Annual statistical returns and brief notes on vaccination in Bengal - 1887-1898
Year: 1887
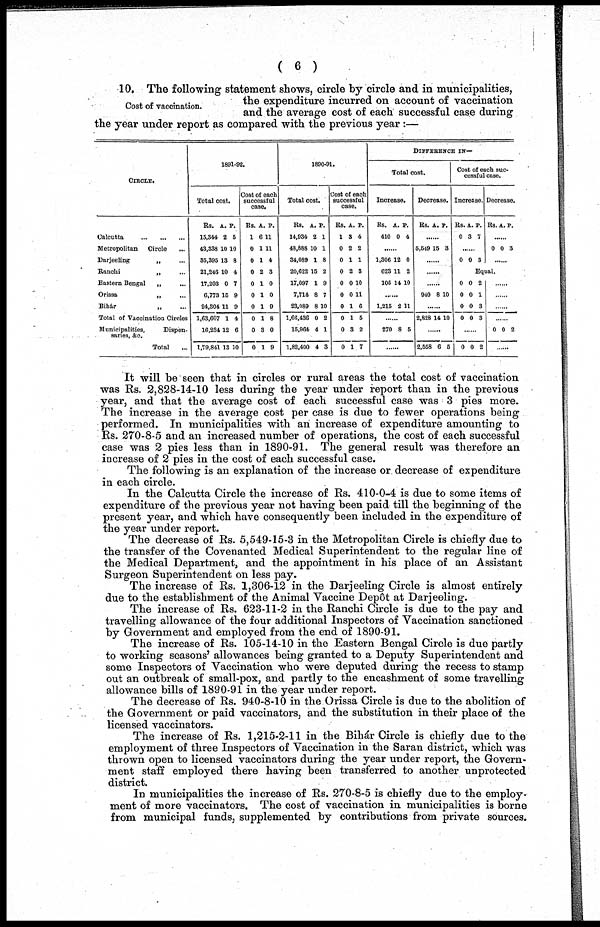
( 6 )
Cost of vaccination.
10. The following' statement shows, circle by circle and in municipalities,
the expenditure incurred on account of vaccination
and the average cost of each successful case during
the year under report as compared with the previous year :—
CIRCLE.
Calcutta
...
...
...
Metropolitan
Circle
...
Darjeeling
„ ...
Ranchi
„
...
Eastern Bengal
„ ...
Orissa
„
...
Bihar
„ ...
Total of Vaccination Circles
Municipalities,
Dispen-
saries, &c.
Total ...
1891-92.
Total cost.
Rs.
15,344
43,338
35,395
21,246
17,203
6,773
24,304
1,63,607
16,234
1,79,841
A.
2
10
13
10
0
15
11
1
12
13
P.
5
10
8
4
7
9
9
4
6
10
Cost of each
successful
case.
Rs.
1
0
0
0
0
0
0
0
0
0
A.
6
1
1
2
1
1
1
1
3
1
P.
11
11
4
3
0
0
9
8
0
9
1890-91.
Total cost.
Rs.
14,934
48,888
34,089
20,622
17,097
7,714
23,089
1,66,436
15,964
1,82,400
A.
2
10
1
15
1
8
8
0
4
4
P.
1
1
8
2
9
7
10
2
1
3
Cost of each
successful
case.
Rs.
1
0
0
0
0
0
0
0
0
0
A.
3
2
1
2
0
0
1
1
3
1
P.
4
2
1
3
10
11
6
5
2
7
DIFFERENCE IN—
Total cost.
Increase.
Rs.
410
A.
0
P.
4
......
1,306
623
105
12
11
14
0
2
10
......
1,215 2 11
......
270 8 5
......
Decrease.
Rs. A. P.
......
5,549 15 3
......
......
......
940 8 10
......
2,828 14 10
......
2,558 6 5
Cost of each suc-
cessful case.
Increase.
Rs.
0
A.
3
P.
7
......
0 0 3
Decrease.
Rs. A. P.
......
0 0 3
......
Equal.
0
0
0
0
0
0
0
0
2
1
3
3
......
0 0 2
......
......
......
......
0 0 2
......
It will be seen that in circles or rural areas the total cost of vaccination
was Rs. 2,828-14-10 less during the year under report than in the previous
year, and that the average cost of each successful case was 3 pies more.
The increase in the average cost per case is due to fewer operations being
performed. In municipalities with an increase of expenditure amounting to
Rs. 270-8-5 and an increased number of operations, the cost of each successful
case was 2 pies less than in 1890-91. The general result was therefore an
increase of 2 pies in the cost of each successful case.
The following is an explanation of the increase or decrease of expenditure
in each circle.
In the Calcutta Circle the increase of Rs. 410-0-4 is due to some items of
expenditure of the previous year not having been paid till the beginning of the
present year, and which have consequently been included in the expenditure of
the year under report.
The decrease of Rs. 5,549-15-3 in the Metropolitan Circle is chiefly due to
the transfer of the Covenanted Medical Superintendent to the regular line of
the Medical Department, and the appointment in his place of an Assistant
Surgeon Superintendent on less pay.
The increase of Rs. 1,306-12 in the Darjeeling Circle is almost entirely
due to the establishment of the Animal Vaccine Depôt at Darjeeling.
The increase of Rs. 623-11-2 in the Ranchi Circle is due to the pay and
travelling allowance of the four additional Inspectors of Vaccination sanctioned
by Government and employed from the end of 1890-91.
The increase of Rs. 105-14-10 in the Eastern Bengal Circle is due partly
to working seasons' allowances being granted to a Deputy Superintendent and
some Inspectors of Vaccination who were deputed during the recess to stamp
out an outbreak of small-pox, and partly to the encashment of some travelling
allowance bills of 1890-91 in the year under report.
The decrease of Rs. 940-8-10 in the Orissa Circle is due to the abolition of
the Government or paid vaccinators, and the substitution in their place of the
licensed vaccinators.
The increase of Rs. 1,215-2-11 in the Bihár Circle is chiefly due to the
employment of three Inspectors of Vaccination in the Saran district, which was
thrown open to licensed vaccinators during the year under report, the Govern-
ment staff employed there having been transferred to another unprotected
district.
In municipalities the increase of Rs. 270-8-5 is chiefly due to the employ-
ment of more vaccinators. The cost of vaccination in municipalities is borne
from municipal funds, supplemented by contributions from private sources.